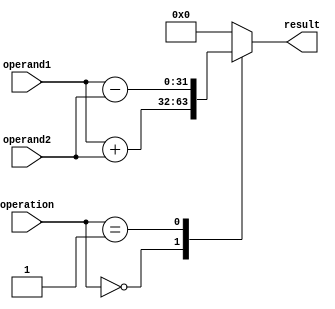
module ALU (
    input [31:0] operand1,
    input [31:0] operand2,
    input [1:0] operation,  // 00 for addition, 01 for subtraction
    output reg [31:0] result
);

always @(*)
begin
    case(operation)
        2'b00: result = operand1 + operand2;   // Addition operation
        2'b01: result = operand1 - operand2;   // Subtraction operation
        default: result = 32'd0;
    endcase
end

endmodule